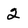
Character: 2